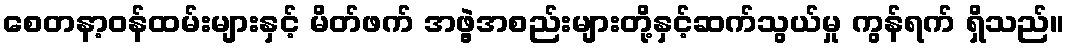
စေတနာ့ဝန်ထမ်းများနှင့် မိတ်ဖက် အဖွဲ့အစည်းများတို့နှင့်ဆက်သွယ်မှု ကွန်ရက် ရှိသည်။